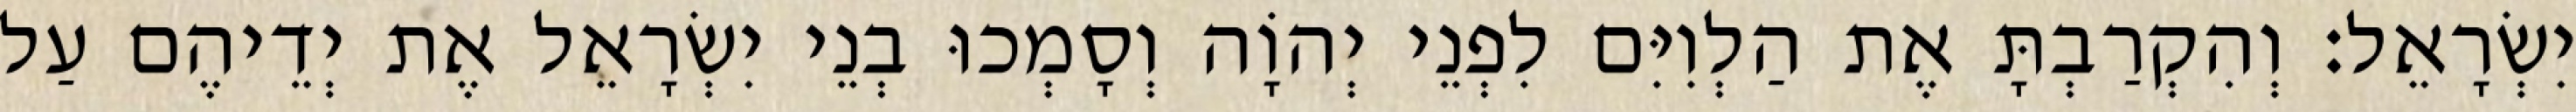
יִשְׂרָאֵל׃ וְהִקְרַבְתָּ אֶת הַלְוִיִּם לִפְנֵי יְהוָֹה וְסָמְכוּ בְנֵי יִשְׂרָאֵל אֶת יְדֵיהֶם עַל